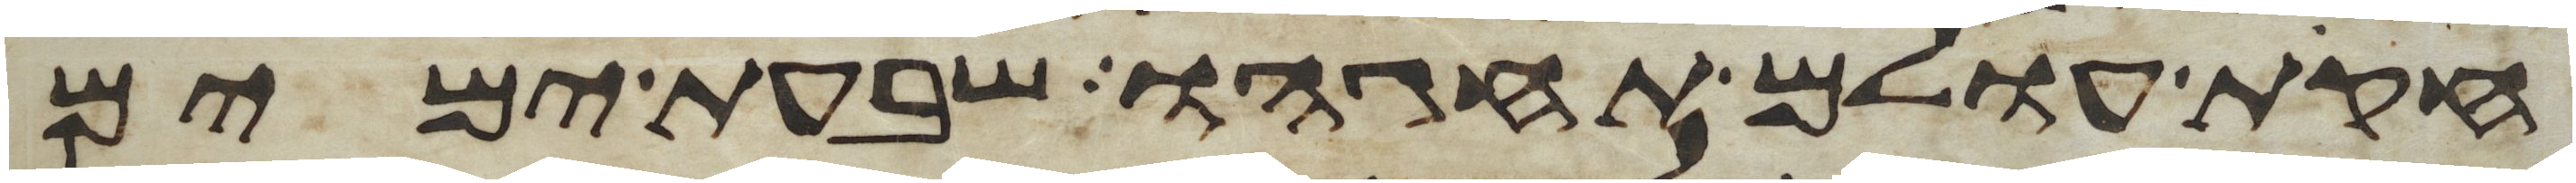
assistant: חקת עולם תחגהו שבעת ימים